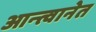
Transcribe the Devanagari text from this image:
आन्त्वानेत